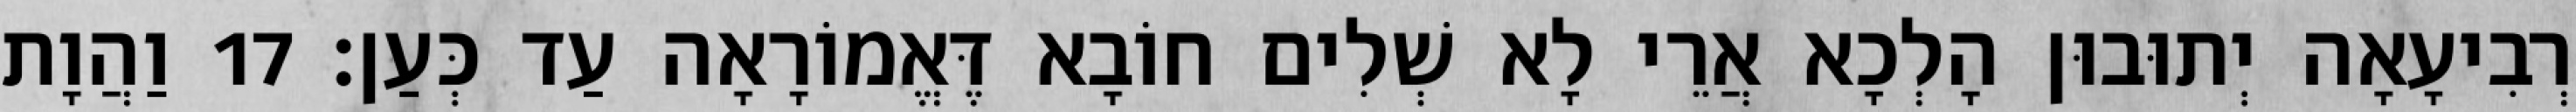
רְבִיעָאָה יְתוּבוּן הָלְכָא אֲרֵי לָא שְׁלִים חוֹבָא דֶּאֱמוֹרָאָה עַד כְּעַן׃ 17 וַהֲוָת